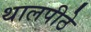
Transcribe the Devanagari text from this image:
थालपीठे